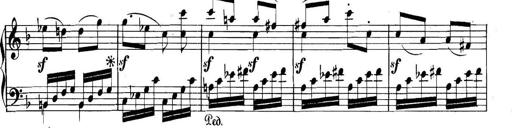
Title: Collected Piano Sonatas
Composer: Muzio Clementi